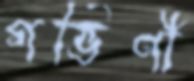
গর্ভিণী